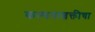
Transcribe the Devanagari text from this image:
कल्पनाशक्तीचा